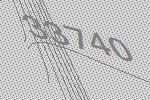
33740